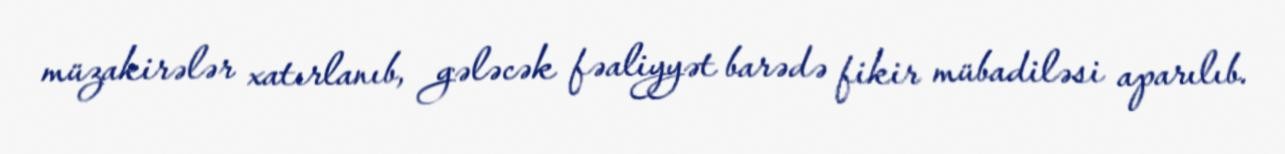
müzakirələr xatırlanıb, gələcək fəaliyyət barədə fikir mübadiləsi aparılıb.